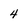
Character: 4